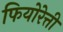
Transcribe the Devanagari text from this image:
फियोरेत्ती